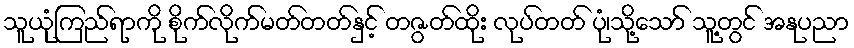
သူယုံကြည်ရာကို စိုက်လိုက်မတ်တတ်နှင့် တဇွတ်ထိုး လုပ်တတ် ပုံ၊သို့သော် သူ့တွင် အနုပညာ